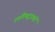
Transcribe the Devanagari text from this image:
उपनिषद्वाक्यों